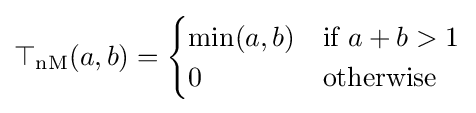
\top _{\mathrm {nM} }(a,b)={\begin{cases}\min(a,b)&{\mbox{if }}a+b>1\\0&{\mbox{otherwise}}\end{cases}}